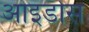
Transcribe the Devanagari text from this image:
आइडोस